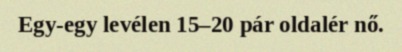
Egy-egy levélen 15–20 pár oldalér nő.